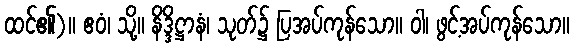
ထင်၏)။ ဧဝံ၊ သို့။ နိဒ္ဒိဋ္ဌာနံ၊ သုတ်၌ ပြအပ်ကုန်သော။ ဝါ၊ ဖွင့်အပ်ကုန်သော။